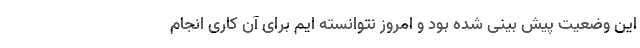
این وضعیت پیش بینی شده بود و امروز نتوانسته ایم برای آن کاری انجام